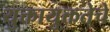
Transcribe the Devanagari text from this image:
युक्तायुक्ततेचे